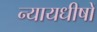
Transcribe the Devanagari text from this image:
न्यायधीषों